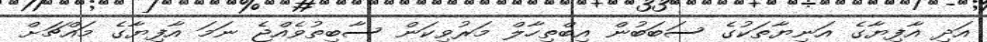
އަދި އާފިޔާގެ އަނިޔާތަކުގެ ސަބަބުން އިބްތިހާލް މަރުވިކަން ސާބިތުވެއްޖެ ނަމަ އާފިޔާގެ މައްޗަށް